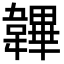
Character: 韠